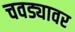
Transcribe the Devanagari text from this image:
चवड्यावर